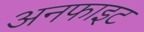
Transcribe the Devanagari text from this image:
अनफाइट